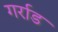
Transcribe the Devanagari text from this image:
गर्राड